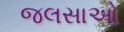
જલસાઓ